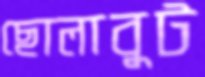
ছোলাবুট